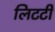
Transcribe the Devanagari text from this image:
लिटटी